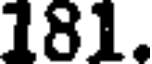
181.